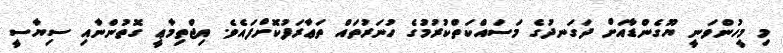
މި މީހުންވަނީ ޔޫގެންޑާއަށް ދަގަނދުގެ މަސައްކަތްކުރުމުގެ ހުނަރުތައް ތަޢާރަފުކޮށްފައެވެ. އިޖްތިމާޢީ ގޮތުންނާއި ސިޔާސީ